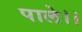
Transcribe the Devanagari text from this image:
पाले।।